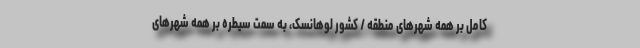
کامل بر همه شهرهای منطقه / کشور لوهانسک، به سمت سیطره بر همه شهرهای